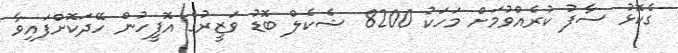
ގެކޮޅު ސާފު ކުރެއްވުމަށް މަހަކު 8200 ޝެކެލް ބޮޑު ވަޒީރުގެ އޮފީހުން ހޭދަކޮށްފައިވާ